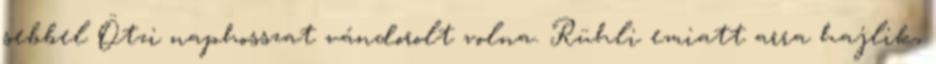
sebbel Ötzi naphosszat vándorolt volna. Rühli emiatt arra hajlik,